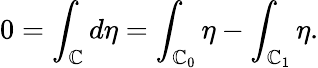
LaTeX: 0=\int_{\mathbb{C}}d\eta=\int_{\mathbb{C}_{0}}\eta-\int_{\mathbb{C}_{1}}\eta.